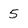
Character: 5